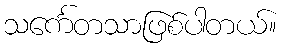
သင်္ကေတသာဖြစ်ပါတယ်။